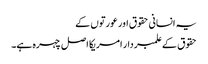
یہ انسانی حقوق اور عورتوں کے
حقوق کے علمبردار امریکا اصل چہرہ ہے۔